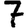
Digit: 7